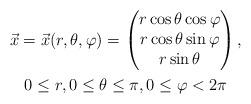
LaTeX: \begin{gather*} \vec{x} = \vec{x}(r,\theta,\varphi) = \begin{pmatrix} r\cos\theta \cos\varphi\\r\cos\theta \sin\varphi\\r\sin\theta\end{pmatrix}, \\ 0 \leq r,0\leq\theta\leq\pi,0 \leq\varphi < 2\pi\end{gather*}